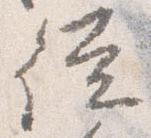
従